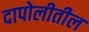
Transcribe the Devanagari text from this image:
दापोलीतील